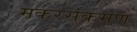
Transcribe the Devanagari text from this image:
मकरसंक्रमण